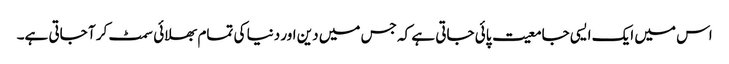
اس میں ایک ایسی جامعیت پائی جاتی ہے کہ جس میں دین اور دنیا کی تمام بھلائی سمٹ کر آ جاتی ہے۔